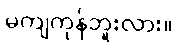
မကျကုန်ဘူးလား။